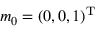
\boldsymbol { m } _ { 0 } = ( 0 , 0 , 1 ) ^ { \mathrm { T } }